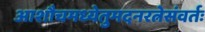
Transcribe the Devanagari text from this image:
आशौचमध्येतुमदनरत्नेसंवर्तः